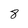
Character: 8